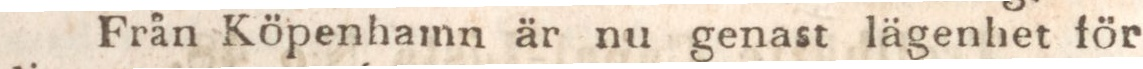
Från Köpenhamn är nu genast lägenhet för